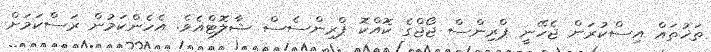
ތަޚުތައް އިސްކުރަން ޖެހޭނީ ޕްރިންސް ޖޯޖްގެ ކޮއްކޮ ޕްރިންސެސް ޝާލޮޓްއެވެ. އެހެންކަމުން ރަސްކަމަށް